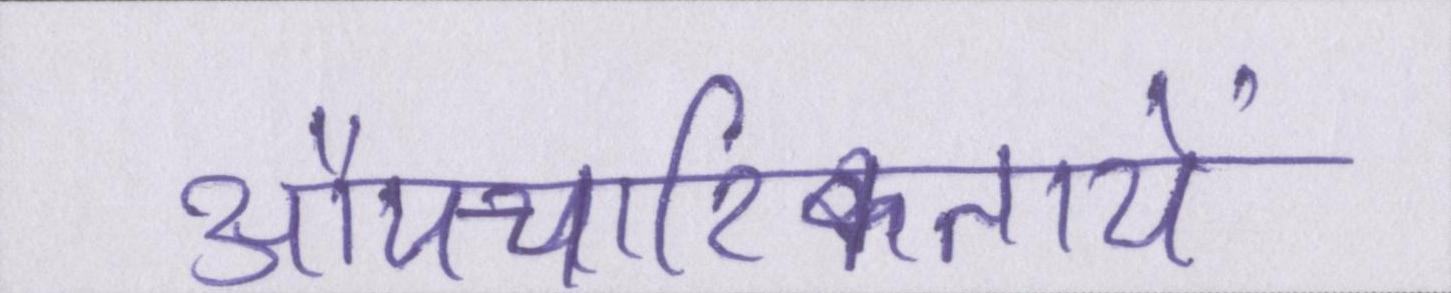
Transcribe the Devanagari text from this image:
औपचारिकतायें